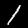
Digit: 1